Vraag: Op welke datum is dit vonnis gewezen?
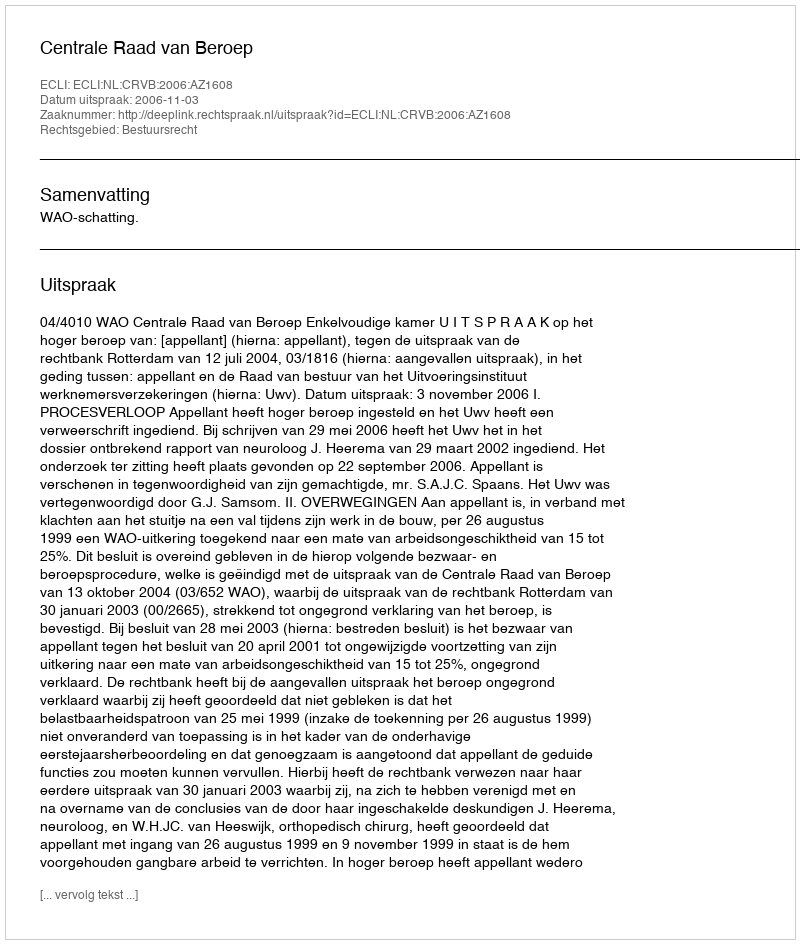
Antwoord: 2006-11-03